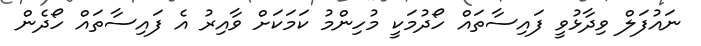
ނައުފަލް ވިދާޅުވީ ފައިސާތައް ހޯދުމަކީ މުހިންމު ކަމަކަށް ވާއިރު އެ ފައިސާތައް ހޯދެން